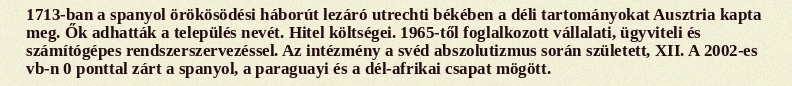
1713-ban a spanyol örökösödési háborút lezáró utrechti békében a déli tartományokat Ausztria kapta meg. Ők adhatták a település nevét. Hitel költségei. 1965-től foglalkozott vállalati, ügyviteli és számítógépes rendszerszervezéssel. Az intézmény a svéd abszolutizmus során született, XII. A 2002-es vb-n 0 ponttal zárt a spanyol, a paraguayi és a dél-afrikai csapat mögött.